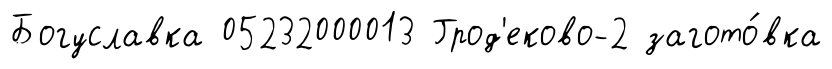
Богуславка 05232000013 Грод'еково-2 загото́вка